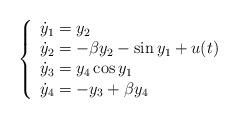
LaTeX: \begin{align*}\left\{\begin{array}{l} \dot{y}_1 = y_2 \\ \dot{y}_2 = - \beta y_2 - \sin y_1 + u(t) \\ \dot{y}_3 = y_4 \cos y_1 \\ \dot{y}_4 = - y_3 + \beta y_4 \end{array}\right.\end{align*}